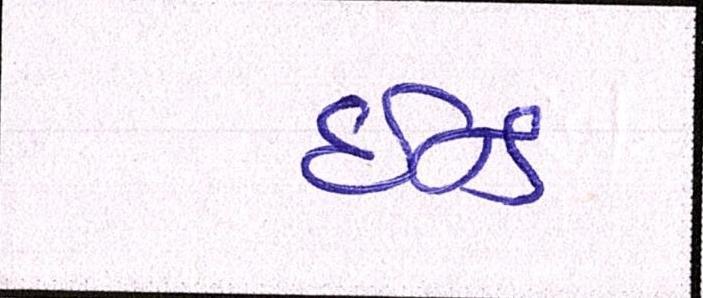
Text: ઇન્ડ